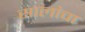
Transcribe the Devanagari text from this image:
सालांचा